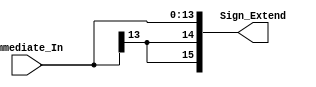
`timescale 1ns / 1ps

module sign_extend(Immediate_In, Sign_Extend );

   input [13:0] Immediate_In;
	output [15:0] Sign_Extend;
	wire [15:0] Sign_Extend;
	
	assign Sign_Extend= {Immediate_In[13],Immediate_In[13],Immediate_In};

endmodule